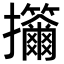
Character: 𢺣